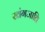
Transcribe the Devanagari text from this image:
खंगजाति